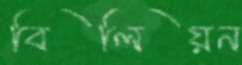
বিলিয়ন